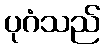
ပုဂံသည်